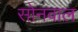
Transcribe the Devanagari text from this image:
सोनवाल